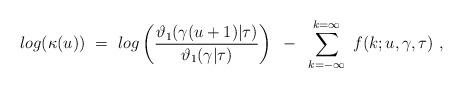
LaTeX: \begin{align*}log(\kappa(u)) ~=~ log \left( {\vartheta_1 (\gamma (u+1) |\tau) \over \vartheta_1 (\gamma | \tau) } \right) ~-~\sum_{k = -\infty}^{k = \infty} ~ f(k; u, \gamma, \tau) \ ,\end{align*}